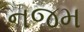
નજમ